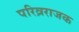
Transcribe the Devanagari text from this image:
परिव्रराजक